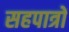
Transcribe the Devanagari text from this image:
सहपात्रों